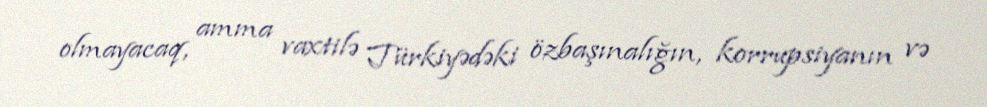
olmayacaq, amma vaxtilə Türkiyədəki özbaşınalığın, korrupsiyanın və